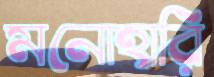
মনোহারি